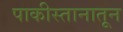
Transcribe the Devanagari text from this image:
पाकीस्तानातून